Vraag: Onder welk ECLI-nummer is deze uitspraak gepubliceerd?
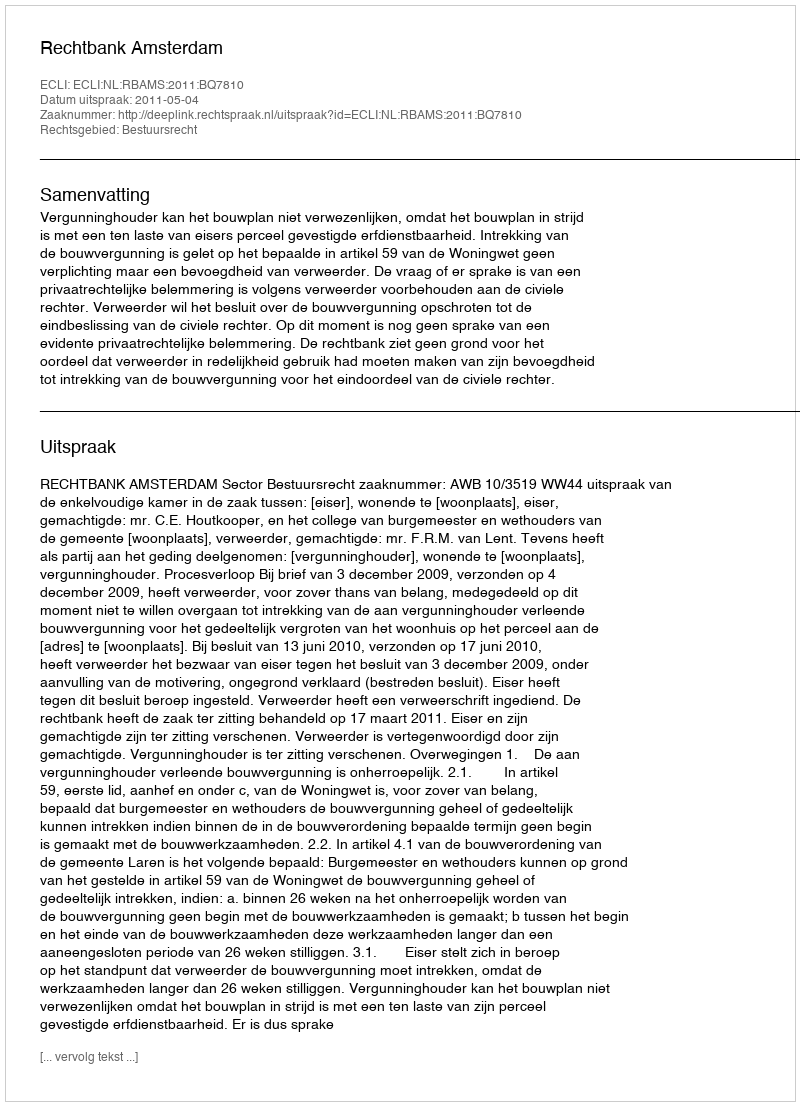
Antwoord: ECLI:NL:RBAMS:2011:BQ7810